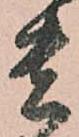
貴